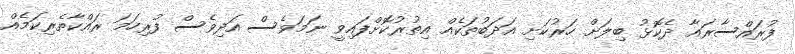
ފުރައްސާރައާ ދެކޮޅު ބިލަށް ހަރުކަށި އަދަބުތަކެއް އިތުރުކޮށްފައިވީ ނަމަވެސް އަދިވެސް ފުރިހަމަ ރައްކާތެރިކަމެއް